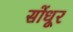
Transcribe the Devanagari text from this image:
सोंधूर